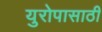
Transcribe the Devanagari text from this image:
युरोपासाठी